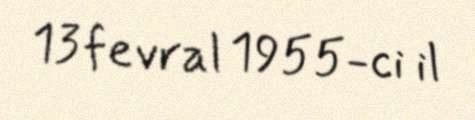
13 fevral 1955-ci il